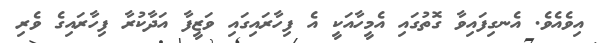
އިވެއެވެ. އެނގިފައިވާ ގޮތުގައި އެމީހާއަކީ އެ ފިހާރައިގައި ވަޒީފާ އަދާކުރާ ފިހާރައިގެ ވެރި